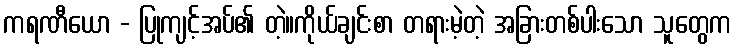
ကရဏီယော - ပြုကျင့်အပ်၏ တဲ့။ကိုယ်ချင်းစာ တရားမဲ့တဲ့ အခြားတစ်ပါးသော သူတွေက